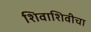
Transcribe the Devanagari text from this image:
शिवाशिवीचा